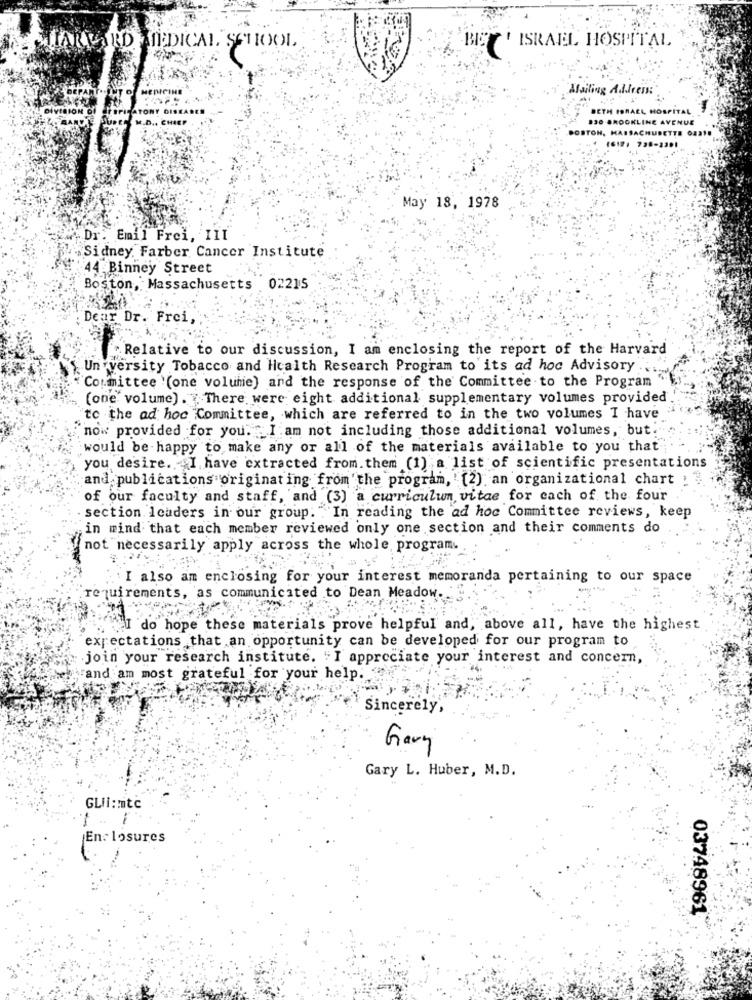
'' ISRAEL HOSPITAL
MIARVARD AMEDICAL SCHOOL
Mailing Address:
BETH ISRAEL HOSPITAL
.. CHEEP
830 BROOKLINE AVENUE
POSTON,
STON, MASSACHUSETTS 0231.
1619: 738-2301
May 18, 1978
Dr. Emil Frei, III
Sidney Farber Cancer Institute
44 Binney Street
Boston, Massachusetts 02215
Dear Dr. Frei,
Relative to our discussion, I am enclosing the report of the Harvard
University Tobacco and Health Research Program to its ad hoc Advisory .
Committee '(one volume) and the response of the Committee to the Program
(one volume). There were eight additional supplementary volumes provided
to the ad hoc Committee, which are referred to in the two volumes I have
now provided for you. I am not including those additional volumes, but.
would be happy to make any or all of the materials available to you that
you desire. I have extracted from. them (1) a list of scientific presentations
and publications originating from the program, (2) an organizational chart :
of our faculty and staff, and (3) a curriculum vitae for each of the four
. section leaders in our group. "In reading the ad hoc Committee reviews, keep
in mind that each member reviewed only one section and their comments do
not necessarily apply across the whole program
I also am enclosing for your interest memoranda pertaining to our space
requirements, as communicated to Dean Meadow.
I do hope these materials prove helpful and, above all, have the highest
expectations that an opportunity can be developed for our program to
join your research institute. "I appreciate your interest and concern,
"and am most grateful for your help.
Sincerely,
Gary
Gary L. Huber, M.D.
GLIinntc
Enclosures
03748961